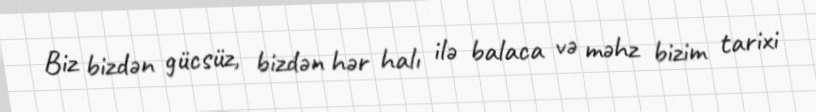
Biz bizdən gücsüz, bizdən hər halı ilə balaca və məhz bizim tarixi